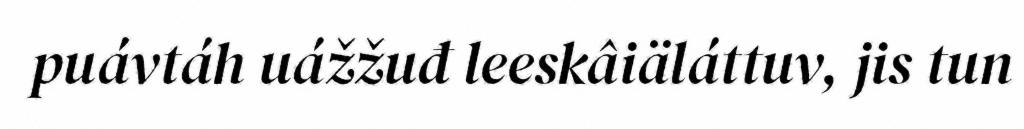
puávtáh uážžuđ leeskâiäláttuv, jis tun